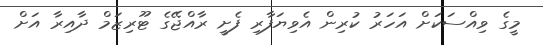
މީގެ ވިއްސަކަށް އަހަރު ކުރިން އެވިޔަފާރި ފެށީ ރާއްޖޭގެ ޓޫރިޒަމް ދާއިރާ އަށް